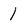
Character: 1